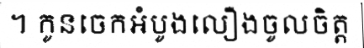
។ កូនចេកអំបូងលឿងចូលចិត្ត